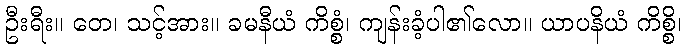
ဦးရီး။ တေ၊ သင့်အား။ ခမနီယံ ကိစ္စံ၊ ကျန်းခံ့ပါ၏လော။ ယာပနိယံ ကိစ္စိ၊